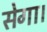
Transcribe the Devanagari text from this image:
सेगा।